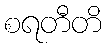
စရတီတိ